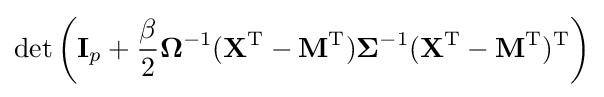
\det \left(\mathbf {I} _{p}+{\frac {\beta }{2}}{\boldsymbol {\Omega }}^{-1}(\mathbf {X} ^{\rm {T}}-\mathbf {M} ^{\rm {T}}){\boldsymbol {\Sigma }}^{-1}(\mathbf {X} ^{\rm {T}}-\mathbf {M} ^{\rm {T}})^{\rm {T}}\right)